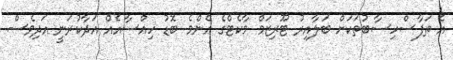
އެ ތަފާސްހިސާބުތަކަށް ބަލާއިރު ޓޫރިޒަމް މާކެޓްގެ އެންމެ ބޮޑު ހިއްސާއެއް އަދާކުރަނީ އަދިވެސް